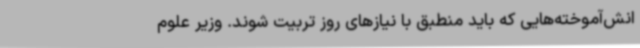
انش‌آموخته‌هایی که باید منطبق با نیازهای روز تربیت شوند. وزیر علوم